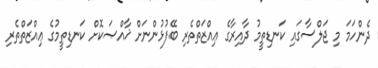
ދެންހަމަ މި ޖަލްސާގައި ކަނޑިތީމު ދާއިރާގެ ޢިއްޒަތްތެރި ބޭފުޅުންނަށް ޚާއްޞަކޮށް ކަނޑިތީމުގެ ޢިއްޒަތްތެރި